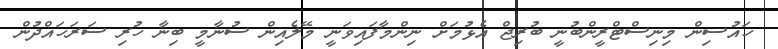
ހައުސިން މިނިސްޓްރީންބުނީ ބުރިޖް އެޅުމަށް ނިންމާފައިވަނީ މޭލެއިން ސުނާމީ ބިނާ ހުރި ސަރަހައްދުން